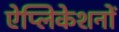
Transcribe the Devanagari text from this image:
ऐप्लिकेशनों